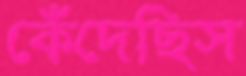
কেঁদেছিস